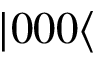
| 0 0 0 \langle